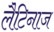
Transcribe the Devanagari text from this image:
लैटिनाज